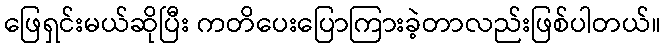
ဖြေရှင်းမယ်ဆိုပြီး ကတိပေးပြောကြားခဲ့တာလည်းဖြစ်ပါတယ်။